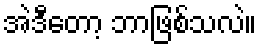
အဲဒီတော့ ဘာဖြစ်သလဲ။